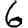
Digit: 6